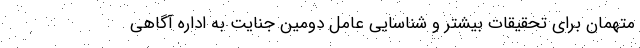
متهمان برای تحقیقات بیشتر و شناسایی عامل دومین جنایت به اداره آگاهی